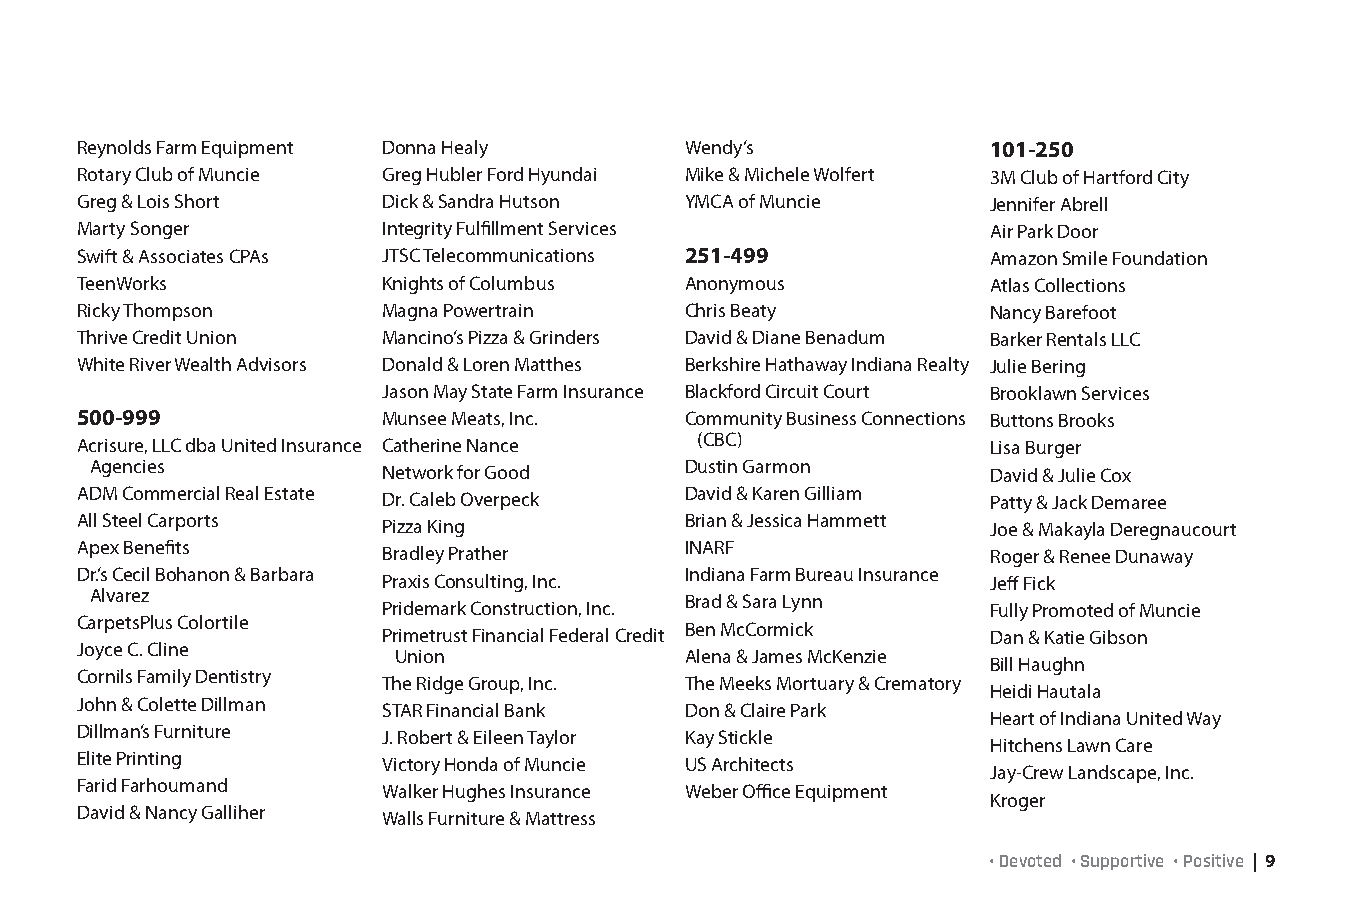
Reynolds Farm Equipment Donna Healy     Wendy’s              101-250
 Rotary Club of Muncie Greg Hubler Ford Hyundai Mike & Michele Wolfert 3M Club of Hartford City
 Greg & Lois Short   Dick & Sandra Hutson YMCA of Muncie      Jennifer Abrell
 Marty Songer        Integrity Fulfillment Services           Air Park Door
 Swift & Associates CPAs JTSC Telecommunications 251-499      Amazon Smile Foundation
 TeenWorks           Knights of Columbus Anonymous            Atlas Collections
 Ricky Thompson      Magna Powertrain    Chris Beaty          Nancy Barefoot
 Thrive Credit Union Mancino’s Pizza & Grinders David & Diane Benadum Barker Rentals LLC
 White River Wealth Advisors Donald & Loren Matthes Berkshire Hathaway Indiana Realty Julie Bering
 Jason May State Farm Insurance Blackford Circuit Court Brooklawn Services
 500-999             Munsee Meats, Inc.  Community Business Connections Buttons Brooks
 Acrisure, LLC dba United Insurance Catherine Nance (CBC)     Lisa Burger
 Agencies           Network for Good    Dustin Garmon        David & Julie Cox
 ADM Commercial Real Estate Dr. Caleb Overpeck David & Karen Gilliam Patty & Jack Demaree
 All Steel Carports  Pizza King          Brian & Jessica Hammett Joe & Makayla Deregnaucourt
 Apex Benefits       Bradley Prather     INARF                Roger & Renee Dunaway
 Dr.’s Cecil Bohanon & Barbara Praxis Consulting, Inc. Indiana Farm Bureau Insurance Jeff Fick
 Alvarez            Pridemark Construction, Inc. Brad & Sara Lynn Fully Promoted of Muncie
 CarpetsPlus Colortile Primetrust Financial Federal Credit Ben McCormick Dan & Katie Gibson
 Joyce C. Cline       Union              Alena & James McKenzie
 Bill Haughn
 Cornils Family Dentistry The Ridge Group, Inc. The Meeks Mortuary & Crematory
 Heidi Hautala
 John & Colette Dillman STAR Financial Bank Don & Claire Park
 Heart of Indiana United Way
 Dillman’s Furniture J. Robert & Eileen Taylor Kay Stickle
 Hitchens Lawn Care
 Elite Printing      Victory Honda of Muncie US Architects
 Jay-Crew Landscape, Inc.
 Farid Farhoumand    Walker Hughes Insurance Weber Office Equipment
 Kroger
 David & Nancy Galliher Walls Furniture & Mattress
 • Devoted • Supportive • Positive | 9